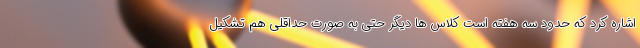
اشاره کرد که حدود سه هفته است کلاس ها دیگر حتی به صورت حداقلی هم تشکیل